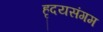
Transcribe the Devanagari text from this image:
हृदयसंगम